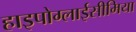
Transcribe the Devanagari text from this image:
हाइपोग्लाईसीमिया